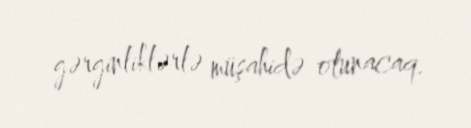
gərginliklərlə müşahidə olunacaq.